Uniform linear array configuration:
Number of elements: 12
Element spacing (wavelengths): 1
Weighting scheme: hann
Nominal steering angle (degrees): -60
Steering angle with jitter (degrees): -59.178
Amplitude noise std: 0.05
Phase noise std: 0.05

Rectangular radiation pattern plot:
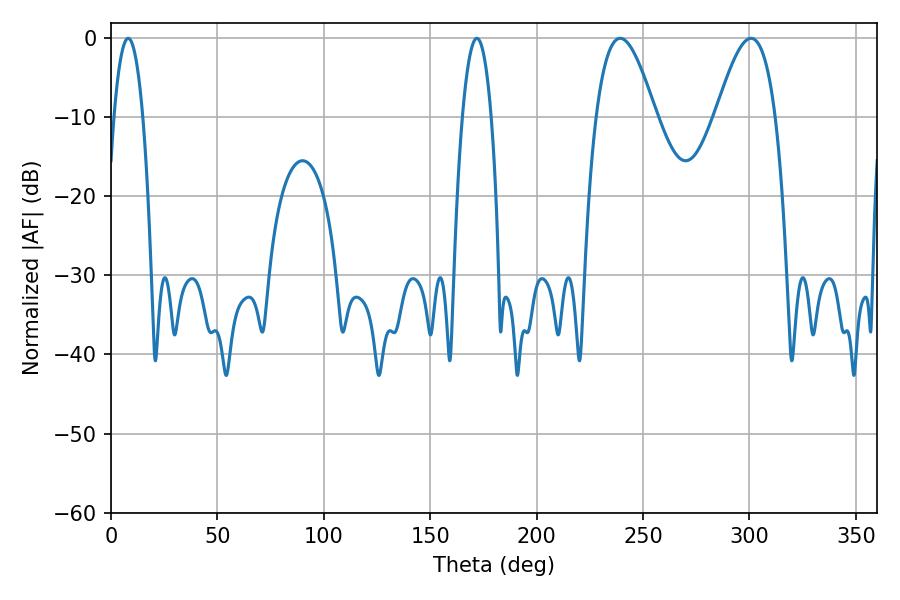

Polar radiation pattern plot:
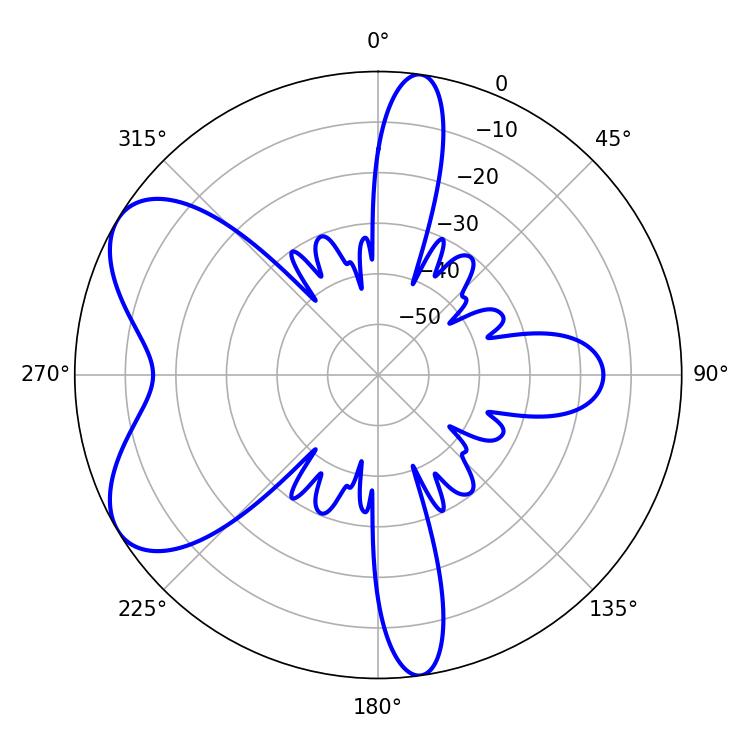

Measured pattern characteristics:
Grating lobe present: TRUE
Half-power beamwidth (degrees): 15.12
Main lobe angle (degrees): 239.22